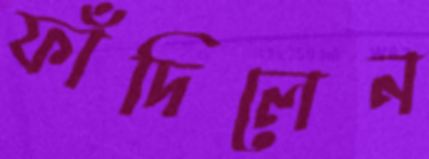
ফাঁদিলেন